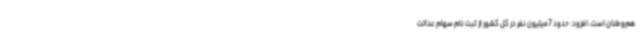
هم‌وطنان است، افزود: حدود 7میلیون نفر در کل کشور از ثبت نام سهام عدالت